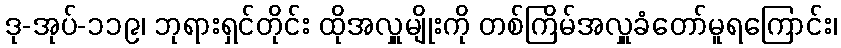
ဒု-အုပ်-၁၁၉၊ ဘုရားရှင်တိုင်း ထိုအလှူမျိုးကို တစ်ကြိမ်အလှူခံတော်မူရကြောင်း၊